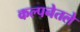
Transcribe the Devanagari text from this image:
कल्पनेतले